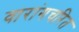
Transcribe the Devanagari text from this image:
वारांगचरित